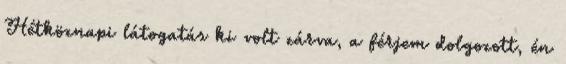
Hétköznapi látogatás ki volt zárva, a férjem dolgozott, én